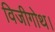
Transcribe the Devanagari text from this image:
विजीगोथ।